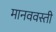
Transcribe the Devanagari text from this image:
मानववस्ती